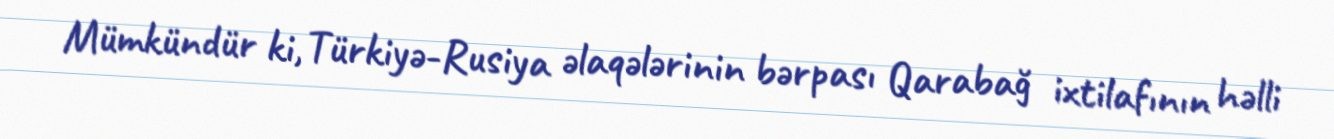
Mümkündür ki, Türkiyə-Rusiya əlaqələrinin bərpası Qarabağ ixtilafının həlli